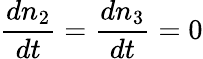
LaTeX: \frac{dn_{2}}{dt}=\frac{dn_{3}}{dt}=0